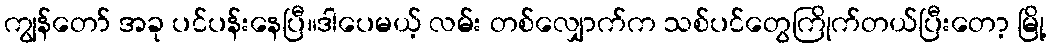
ကျွန်တော် အခု ပင်ပန်းနေပြီ။ဒါပေမယ့် လမ်း တစ်လျှောက်က သစ်ပင်တွေကြိုက်တယ်ပြီးတော့ မြို့